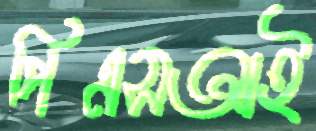
পিএসআই